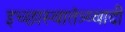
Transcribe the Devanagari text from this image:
इच्छास्वातंत्र्य्वादी